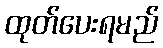
ထုတ်ပေးရမည်